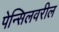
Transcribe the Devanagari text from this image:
पेन्सिलवरील